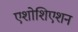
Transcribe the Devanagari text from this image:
एशोशिएशन